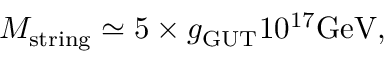
M _ { \mathrm { s t r i n g } } \simeq 5 \times g _ { \mathrm { G U T } } 1 0 ^ { 1 7 } \mathrm { G e V } ,